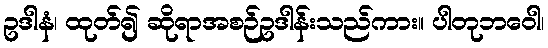
ဥဒါနံ၊ ထုတ်၍ ဆိုရာအစဉ်ဥဒါန်းသည်ကား။ ပါတုဘဝေါ၊